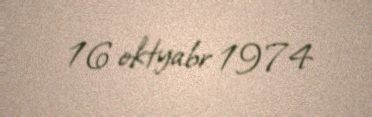
16 oktyabr 1974